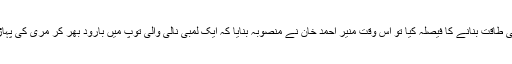
ڈاکٹر اے کیو خان نے یہ بھی انکشاف کیا کہ جب جناب بھٹو نے پاکستان کو ایٹمی طاقت بنانے کا فیصلہ کیا تو اس وقت منیر احمد خان نے منصوبہ بنایا کہ ایک لمبی نالی والی توپ میں بارود بھر کر مری کی پہاڑیوں میں چلا دیا جائے گا اور بھٹو سے کہا جائے گا کہ ایٹمی دھماکہ ہو گیا ہے۔